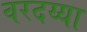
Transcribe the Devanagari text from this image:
वरदय्या